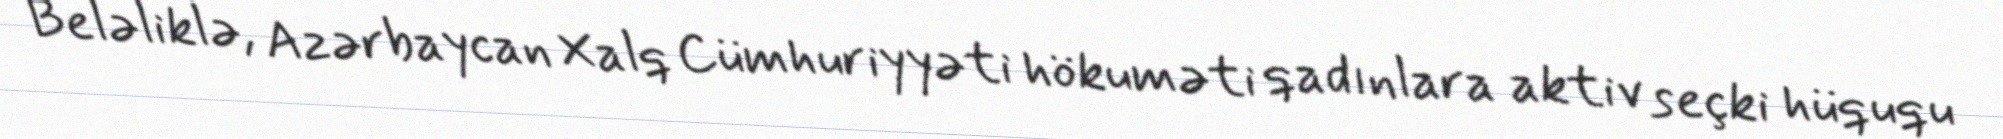
Beləliklə, Azərbaycan Xalq Cümhuriyyəti hökuməti qadınlara aktiv seçki hüququ